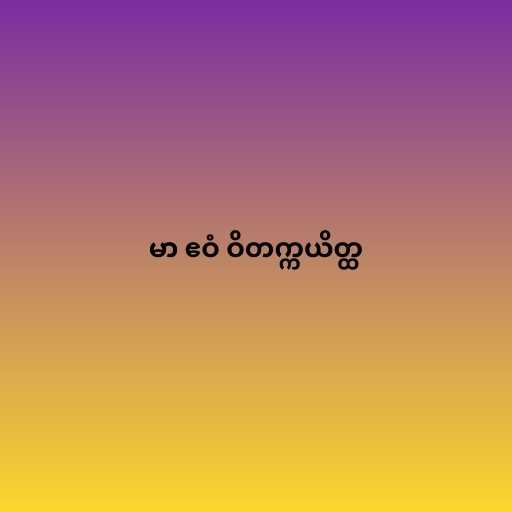
မာ ဧဝံ ဝိတက္ကယိတ္ထ